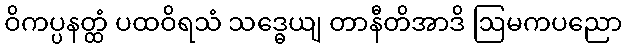
ဝိကပ္ပနတ္ထံ ပထဝိရသံ သဒ္ဓေယျ တာနီတိအာဒိ ဩမကပညော